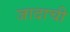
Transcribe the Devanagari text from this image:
जादाची